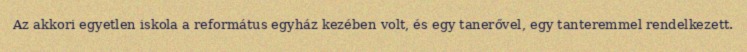
Az akkori egyetlen iskola a református egyház kezében volt, és egy tanerővel, egy tanteremmel rendelkezett.